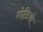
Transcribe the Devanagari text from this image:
गोडियो